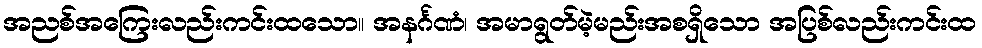
အညစ်အကြေးလည်းကင်းထသော။ အနင်္ဂဏံ၊ အမာရွတ်မဲ့မည်းအစရှိသော အပြစ်လည်းကင်းထ